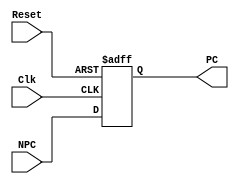
// 
module pc(
    NPC, Clk, Reset,
    PC
);
input [31:0] NPC;
input Clk;
input Reset;
output reg [31:0] PC;

// At the very least, the program
// counter must have a reset
// signal to initialize its value
// when the processor turns on.
// MIPS processors initialize the
// PC to 0xBFC00000 on reset and
// begin executing code to start
// up the operating system (OS).
// The OS then loads an applica-
// tion program at 0x00400000
// and begins executing it.
// For simplicity in this chapter,
// we will reset the PC to
// 0x00000000 and place our
// programs there instead. 

always @(posedge Clk or negedge Reset) begin
    if (!Reset) // 0
        PC <= 32'h0;
    else
        PC <= NPC;
end

endmodule // pc